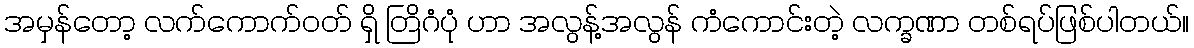
အမှန်တော့ လက်ကောက်ဝတ် ရှိ တြိဂံပုံ ဟာ အလွန့်အလွန် ကံကောင်းတဲ့ လက္ခဏာ တစ်ရပ်ဖြစ်ပါတယ်။